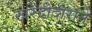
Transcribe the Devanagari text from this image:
खरेदीदाराने